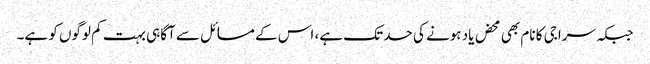
جبکہ سراجی کا نام بھی محض یاد ہونے کی حد تک ہے، اس کے مسائل سے آگاہی بہت کم لوگوں کو ہے۔